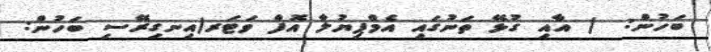
ބަހުން:  ) އާއި ގުޅޭ ތަނުގައި އެމްޕިޔުލާ އޮފް ވަޓަރ(އިނގިރޭސި ބަހުން: